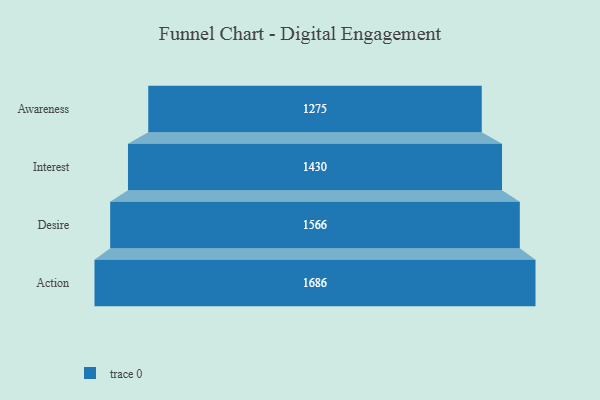
{"axis": {"x": "Stage", "y": "Value"}, "legend": [""], "data": [{"x": "Awareness", "y": 1275.0, "type": ""}, {"x": "Interest", "y": 1430.0, "type": ""}, {"x": "Desire", "y": 1566.0, "type": ""}, {"x": "Action", "y": 1686.0, "type": ""}]}